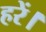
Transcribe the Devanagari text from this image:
हरें।